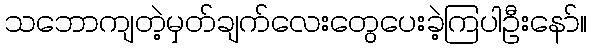
သဘောကျတဲ့မှတ်ချက်လေးတွေပေးခဲ့ကြပါဦးနော်။